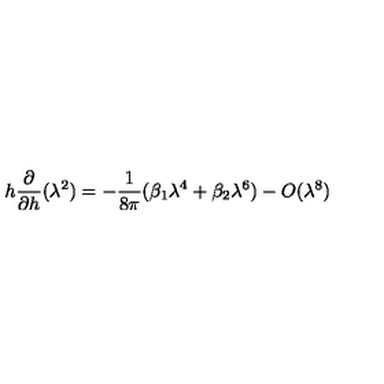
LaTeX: h \frac { \partial } { \partial h } ( \lambda ^ { 2 } ) = - \frac { 1 } { 8 \pi } ( \beta _ { 1 } \lambda ^ { 4 } + \beta _ { 2 } \lambda ^ { 6 } ) - O ( \lambda ^ { 8 } )